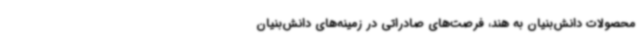
محصولات دانش‌بنیان به هند، فرصت‌های صادراتی در زمینه‌های دانش‌بنیان